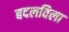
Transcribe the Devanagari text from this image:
बदलविला